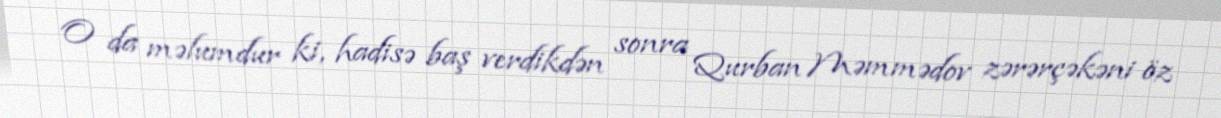
O da məlumdur ki, hadisə baş verdikdən sonra Qurban Məmmədov zərərçəkəni öz